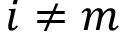
i \neq m